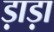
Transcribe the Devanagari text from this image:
ड़ाड़ा